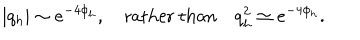
LaTeX: | q _ { h } | \sim e ^ { - 4 \phi _ { h } } , \quad \mathrm { r a t h e r ~ t h a n } \quad q _ { h } ^ { 2 } \simeq e ^ { - 4 \phi _ { h } } .